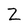
Character: Z